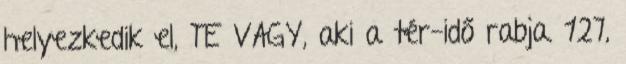
helyezkedik el, TE VAGY, aki a tér-idő rabja. 127,